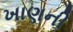
ખાણની